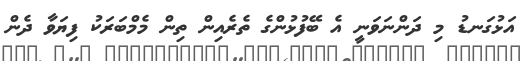
އަޅުގަނޑު މި ދަންނަވަނީ އެ ބޭފުޅުންގެ ތެރެއިން ތިން މެމްބަރަކު ފިޔަވާ ދެން